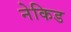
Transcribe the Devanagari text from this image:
नेकिड